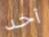
أخد